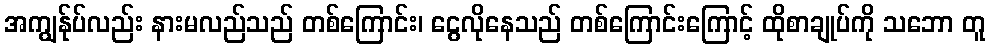
အကျွန်ုပ်လည်း နားမလည်သည် တစ်ကြောင်း၊ ငွေလိုနေသည် တစ်ကြောင်းကြောင့် ထိုစာချုပ်ကို သဘော တူ